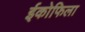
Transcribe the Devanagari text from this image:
ईकोफिला